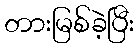
တားမြစ်ခဲ့ပြီး